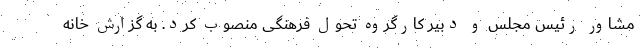
مشاور رئیس مجلس و دبیر کارگروه تحول فرهنگی منصوب کرد. به گزارش خانه